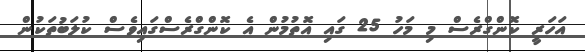
އަހަރީ ކޮންގްރެސް މި މަހު 25 ގައި އޮތުމުން އެ ކޮންގްރެސްގައިވެސް ކުލަބުތަކުން